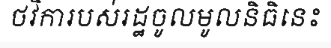
ថវិការបស់រដ្ឋចូលមូលនិធិនេះ